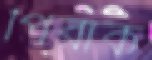
পিরাক